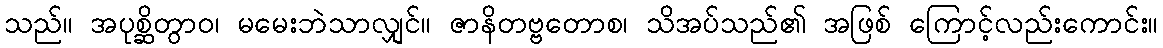
သည်။ အပုစ္ဆိတွာဝ၊ မမေးဘဲသာလျှင်။ ဇာနိတဗ္ဗတောစ၊ သိအပ်သည်၏ အဖြစ် ကြောင့်လည်းကောင်း။